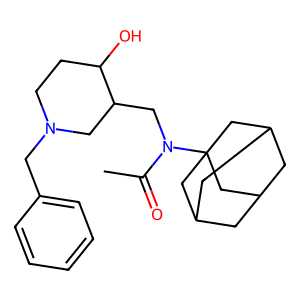
SMILES: CC(=O)N(CC1CN(Cc2ccccc2)CCC1O)C12CC3CC(CC(C3)C1)C2
Inhibits HIV replication: No